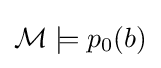
{\mathcal {M}}\models p_{0}(b)